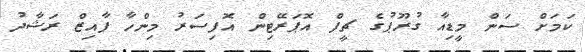
ކަމަށް ސަން މީޑިއާ ގުރޫޕުގެ ޗީފް އޮޕަރޭޓިން އޮފިސަރު މިންހާ ފާއިޒް ރަޝާދު